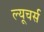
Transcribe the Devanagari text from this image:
ल्यूचर्स